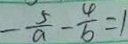
- \frac { 5 } { a } - \frac { 4 } { b } = 1